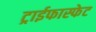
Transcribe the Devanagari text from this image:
ट्राईफास्फेट